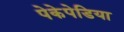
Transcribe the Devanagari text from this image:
पेकेपेडिया